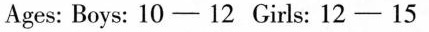
Ages: Boys: 10 - 12 Girls: 12 - 15